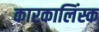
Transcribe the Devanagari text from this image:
कारकालिंस्क